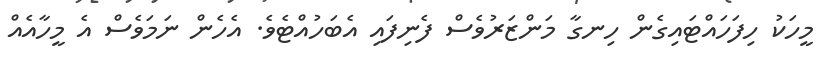
މީހަކު ހިފަހައްޓައިގެން ހިނގާ މަންޒަރުވެސް ފެނިފައި އެބަހުއްޓެވެ. އެހެން ނަމަވެސް އެ މީހާއެއް